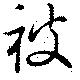
被